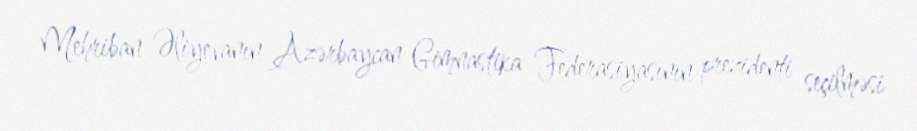
Mehriban Əliyevanın Azərbaycan Gimnastika Federasiyasının prezidenti seçilməsi